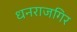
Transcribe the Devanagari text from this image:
धनराजगिर